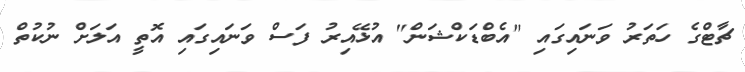
ޗާޓްގެ ހަތަރު ވަނައިގައި "އެބްޑަކްޝަން" އުޅޭއިރު ފަސް ވަނައިގައި އޮތީ އަލަށް ނުކުތް